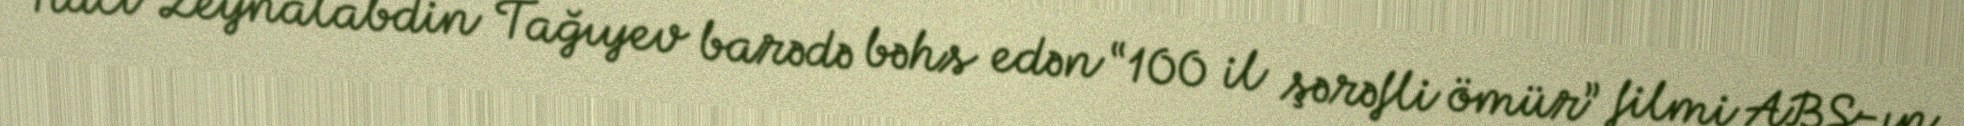
Hacı Zeynalabdin Tağıyev barədə bəhs edən “100 il şərəfli ömür” filmi ABŞ-ın